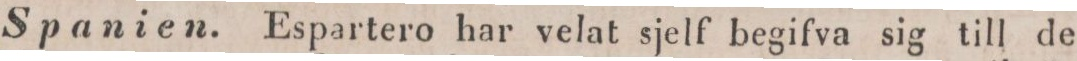
Spanien. Espartero har velat sjelf begifva sig till de